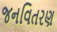
જનવિતરણ